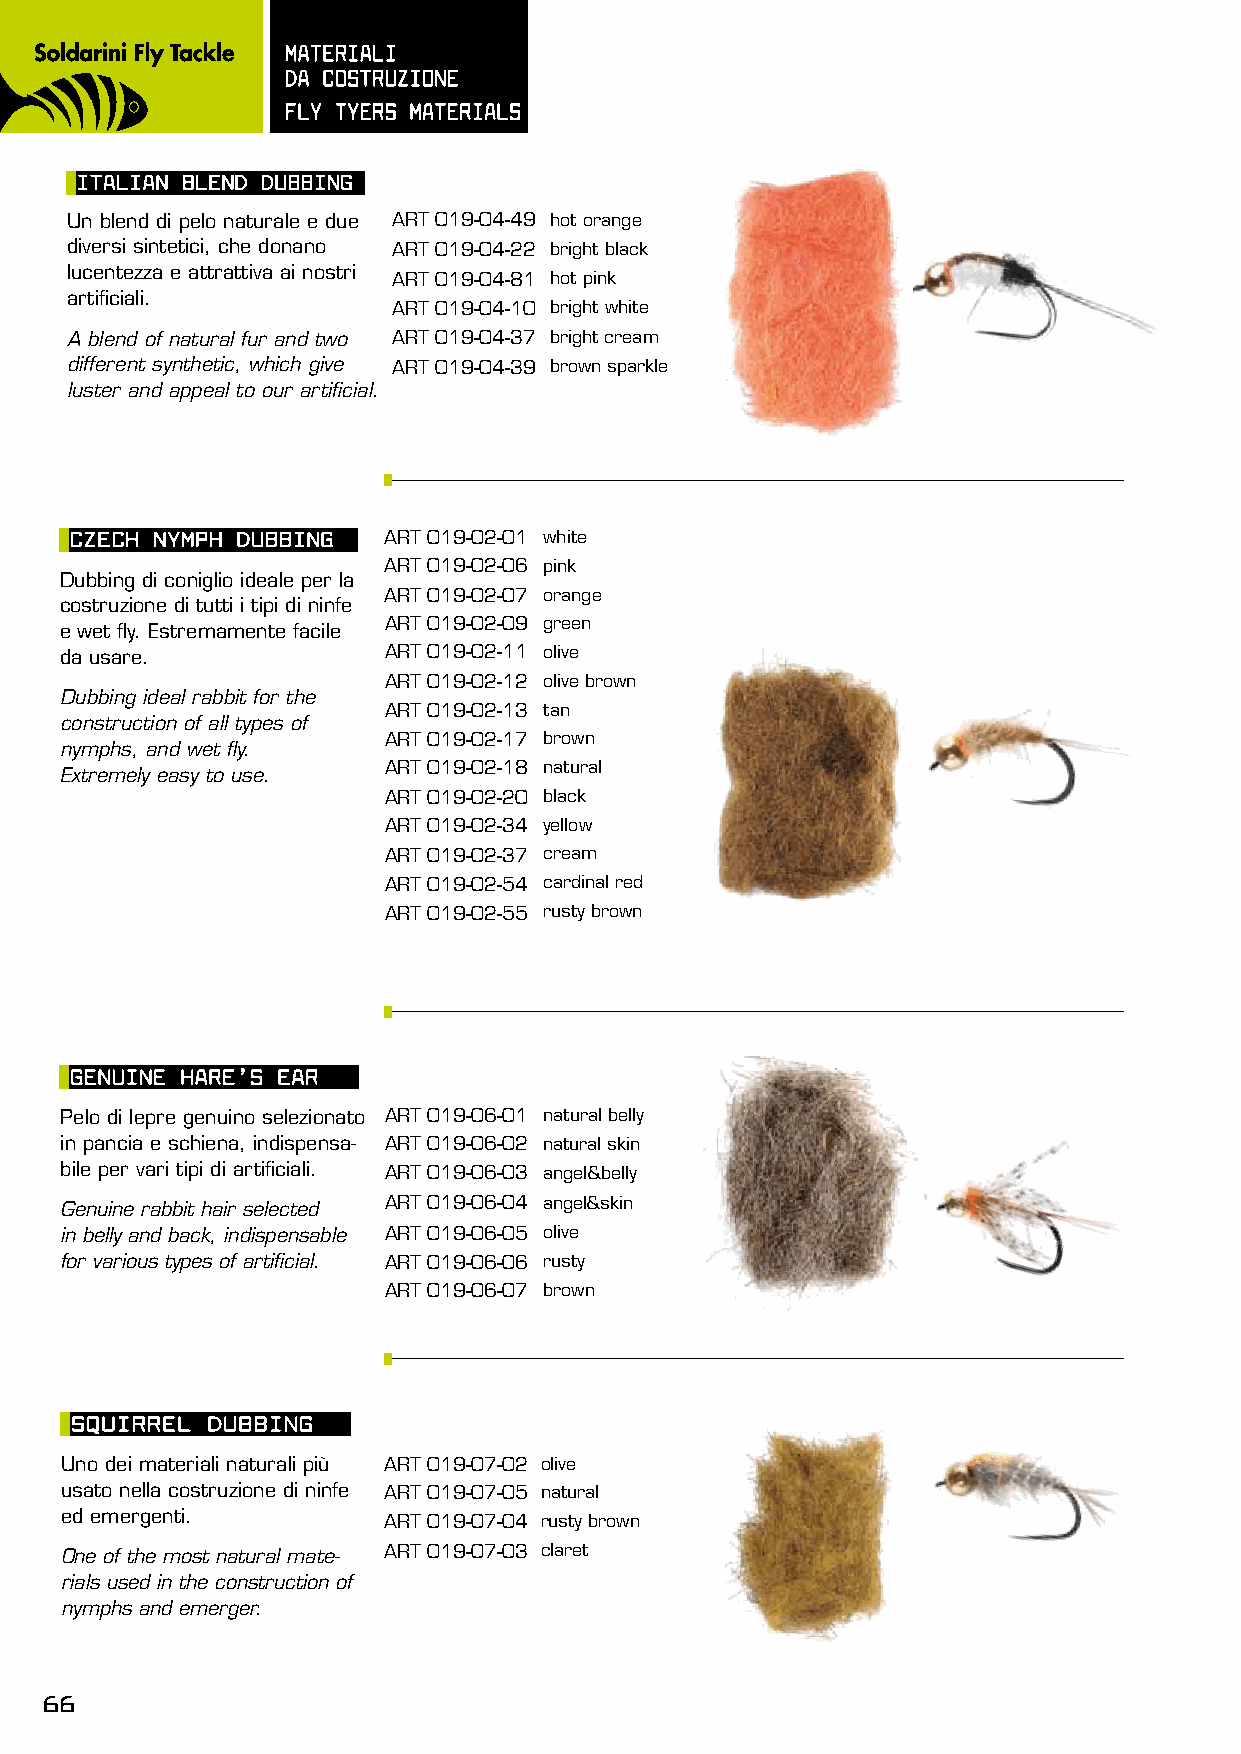
mATERIALI
 dA COsTRUzIOnE
 FLy TyERs mATERIALs
 ITALIAn BLEnd dUBBInG
 Un blend di pelo naturale e due ART 019-04-49 hot orange
 diversi sintetici, che donano ART 019-04-22 bright black
 lucentezza e attrattiva ai nostri
 ART 019-04-81 hot pink
 artificiali.
 ART 019-04-10 bright white
 A blend of natural fur and two ART 019-04-37 bright cream
 different synthetic, which give ART 019-04-39 brown sparkle
 luster and appeal to our artificial.
 CzECh nymph dUBBInG ART 019-02-01 white
 ART 019-02-06 pink
 Dubbing di coniglio ideale per la
 ART 019-02-07 orange
 costruzione di tutti i tipi di ninfe
 ART 019-02-09 green
 e wet fly. Estremamente facile
 da usare.            ART 019-02-11 olive
 ART 019-02-12 olive brown
 Dubbing ideal rabbit for the
 ART 019-02-13 tan
 construction of all types of
 ART 019-02-17 brown
 nymphs, and wet fly.
 ART 019-02-18 natural
 Extremely easy to use.
 ART 019-02-20 black
 ART 019-02-34 yellow
 ART 019-02-37 cream
 ART 019-02-54 cardinal red
 ART 019-02-55 rusty brown
 GEnUInE hARE’s EAR
 Pelo di lepre genuino selezionato ART 019-06-01 natural belly
 in pancia e schiena, indispensa- ART 019-06-02 natural skin
 bile per vari tipi di artificiali. ART 019-06-03 angel&belly
 Genuine rabbit hair selected ART 019-06-04 angel&skin
 in belly and back, indispensable ART 019-06-05 olive
 for various types of artificial. ART 019-06-06 rusty
 ART 019-06-07 brown
 sQUIRREL dUBBInG
 Uno dei materiali naturali più ART 019-07-02 olive
 usato nella costruzione di ninfe ART 019-07-05 natural
 ed emergenti.        ART 019-07-04 rusty brown
 One of the most natural mate- ART 019-07-03 claret
 rials used in the construction of
 nymphs and emerger.
 66